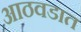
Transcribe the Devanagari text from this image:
आठवडात